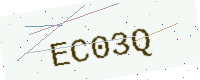
Text: EC03Q